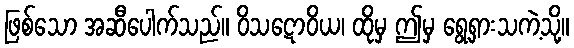
ဖြစ်သော အဆီပေါက်သည်။ ဝိသဋောဝိယ၊ ထိုမှ ဤမှ ရွေ့ရှားသကဲ့သို့။